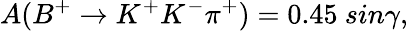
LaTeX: A(B^{+}\to K^{+}K^{-}\pi^{+})=0.45~sin\gamma,